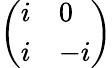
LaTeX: \left(\begin{array}{ll}{i}&{0}\\ {i}&{-i}\end{array}\right)